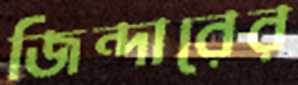
জিন্দারের